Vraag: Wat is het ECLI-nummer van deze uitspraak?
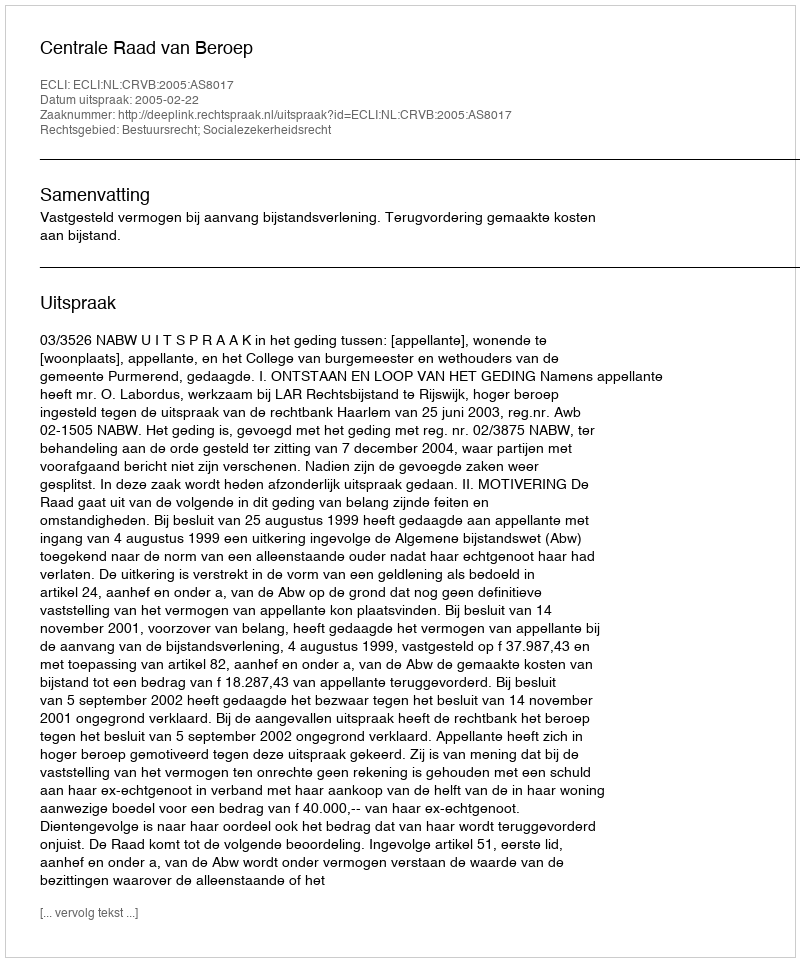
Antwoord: ECLI:NL:CRVB:2005:AS8017